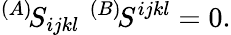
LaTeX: {}^{(A)}\! S_{ijkl}\quad\! \! \! \! {}^{(B)}\! S^{ijkl}=0.